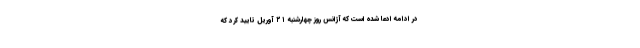
در ادامه ادعا شده است که آژانس روز چهارشنبه ۲۱ آوریل تأیید کرد که